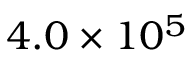
4 . 0 \times 1 0 ^ { 5 }